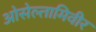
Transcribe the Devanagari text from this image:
ओसेल्तामिवीर